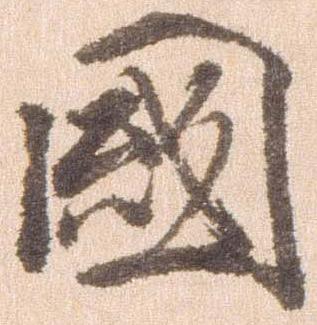
国